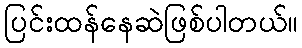
ပြင်းထန်နေဆဲဖြစ်ပါတယ်။